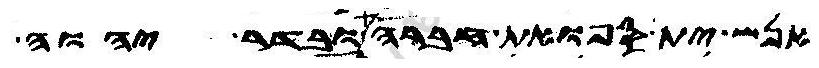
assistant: אנש ית ספואת חברה ובדר יהוה